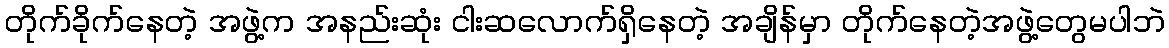
တိုက်ခိုက်နေတဲ့ အဖွဲ့က အနည်းဆုံး ငါးဆလောက်ရှိနေတဲ့ အချိန်မှာ တိုက်နေတဲ့အဖွဲ့တွေမပါဘဲ